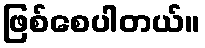
ဖြစ်စေပါတယ်။